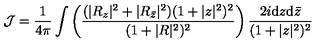
{ \cal J } = \frac { 1 } { 4 \pi } \int \left( \frac { ( | R _ { z } | ^ { 2 } + | R _ { { \bar { z } } } | ^ { 2 } ) ( 1 + | z | ^ { 2 } ) ^ { 2 } } { ( 1 + | R | ^ { 2 } ) ^ { 2 } } \right) \frac { 2 i \mathrm { d } z \mathrm { d } { \bar { z } } } { ( 1 + | z | ^ { 2 } ) ^ { 2 } }